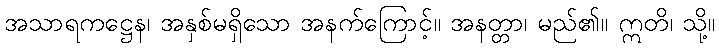
အသာရကဋ္ဌေန၊ အနှစ်မရှိသော အနက်ကြောင့်။ အနတ္တာ၊ မည်၏။ ဣတိ၊ သို့။